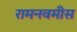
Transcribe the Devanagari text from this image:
रामनवमीस